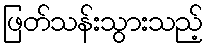
ဖြတ်သန်းသွားသည့်